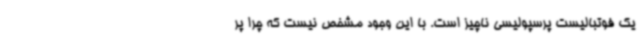
یک فوتبالیست پرسپولیسی ناچیز است. با این وجود مشخص نیست که چرا پر